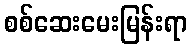
စစ်ဆေးမေးမြန်းရာ